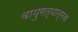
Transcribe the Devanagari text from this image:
वायुगत्यात्मक